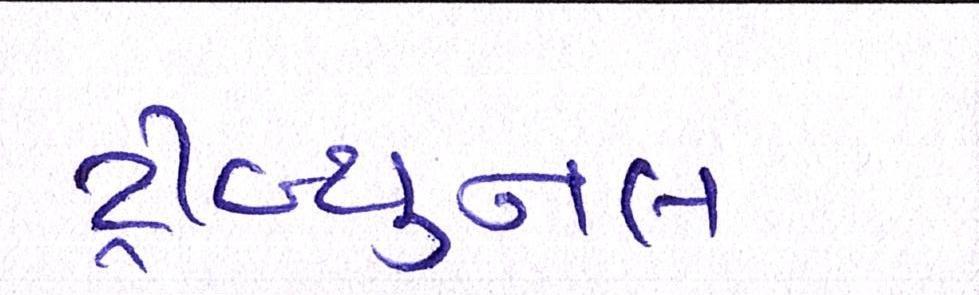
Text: ટ્રીબ્યુનલ